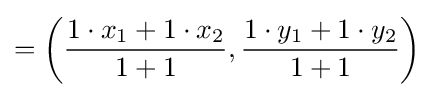
=\left({\frac {1\cdot x_{1}+1\cdot x_{2}}{1+1}},{\frac {1\cdot y_{1}+1\cdot y_{2}}{1+1}}\right)